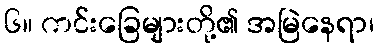
၆။ ကင်းခြေများတို့၏ အမြဲနေရာ၊